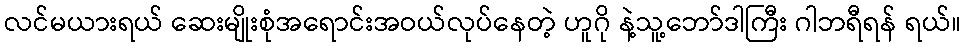
လင်မယားရယ် ဆေးမျိုးစုံအရောင်းအဝယ်လုပ်နေတဲ့ ဟူဂို နဲ့သူ့ဘော်ဒါကြီး ဂါဘရီရန် ရယ်။